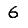
Digit: 6